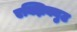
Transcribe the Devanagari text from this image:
एक्झिक्युट